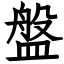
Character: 盤